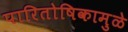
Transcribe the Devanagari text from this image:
पारितोषिकामुळे